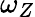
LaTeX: \omega_{Z}